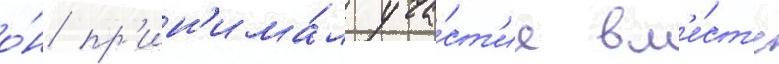
о́н пр'ин'има́л уча́ст'ие вм'е́ст'е